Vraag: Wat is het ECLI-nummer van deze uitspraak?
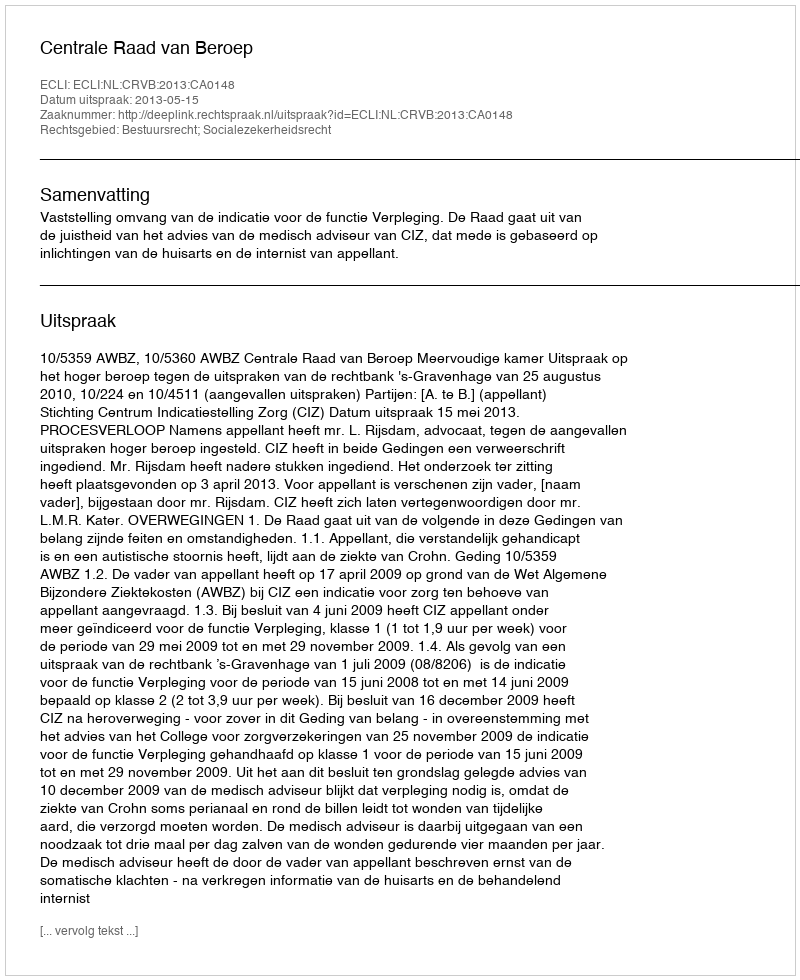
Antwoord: ECLI:NL:CRVB:2013:CA0148